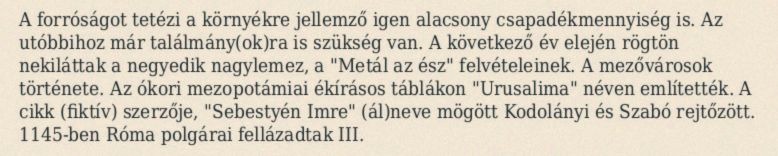
A forróságot tetézi a környékre jellemző igen alacsony csapadékmennyiség is. Az utóbbihoz már találmány(ok)ra is szükség van. A következő év elején rögtön nekiláttak a negyedik nagylemez, a "Metál az ész" felvételeinek. A mezővárosok története. Az ókori mezopotámiai ékírásos táblákon "Urusalima" néven említették. A cikk (fiktív) szerzője, "Sebestyén Imre" (ál)neve mögött Kodolányi és Szabó rejtőzött. 1145-ben Róma polgárai fellázadtak III.